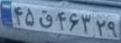
۴۵ق۴۶۳۲۹